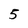
Character: 5